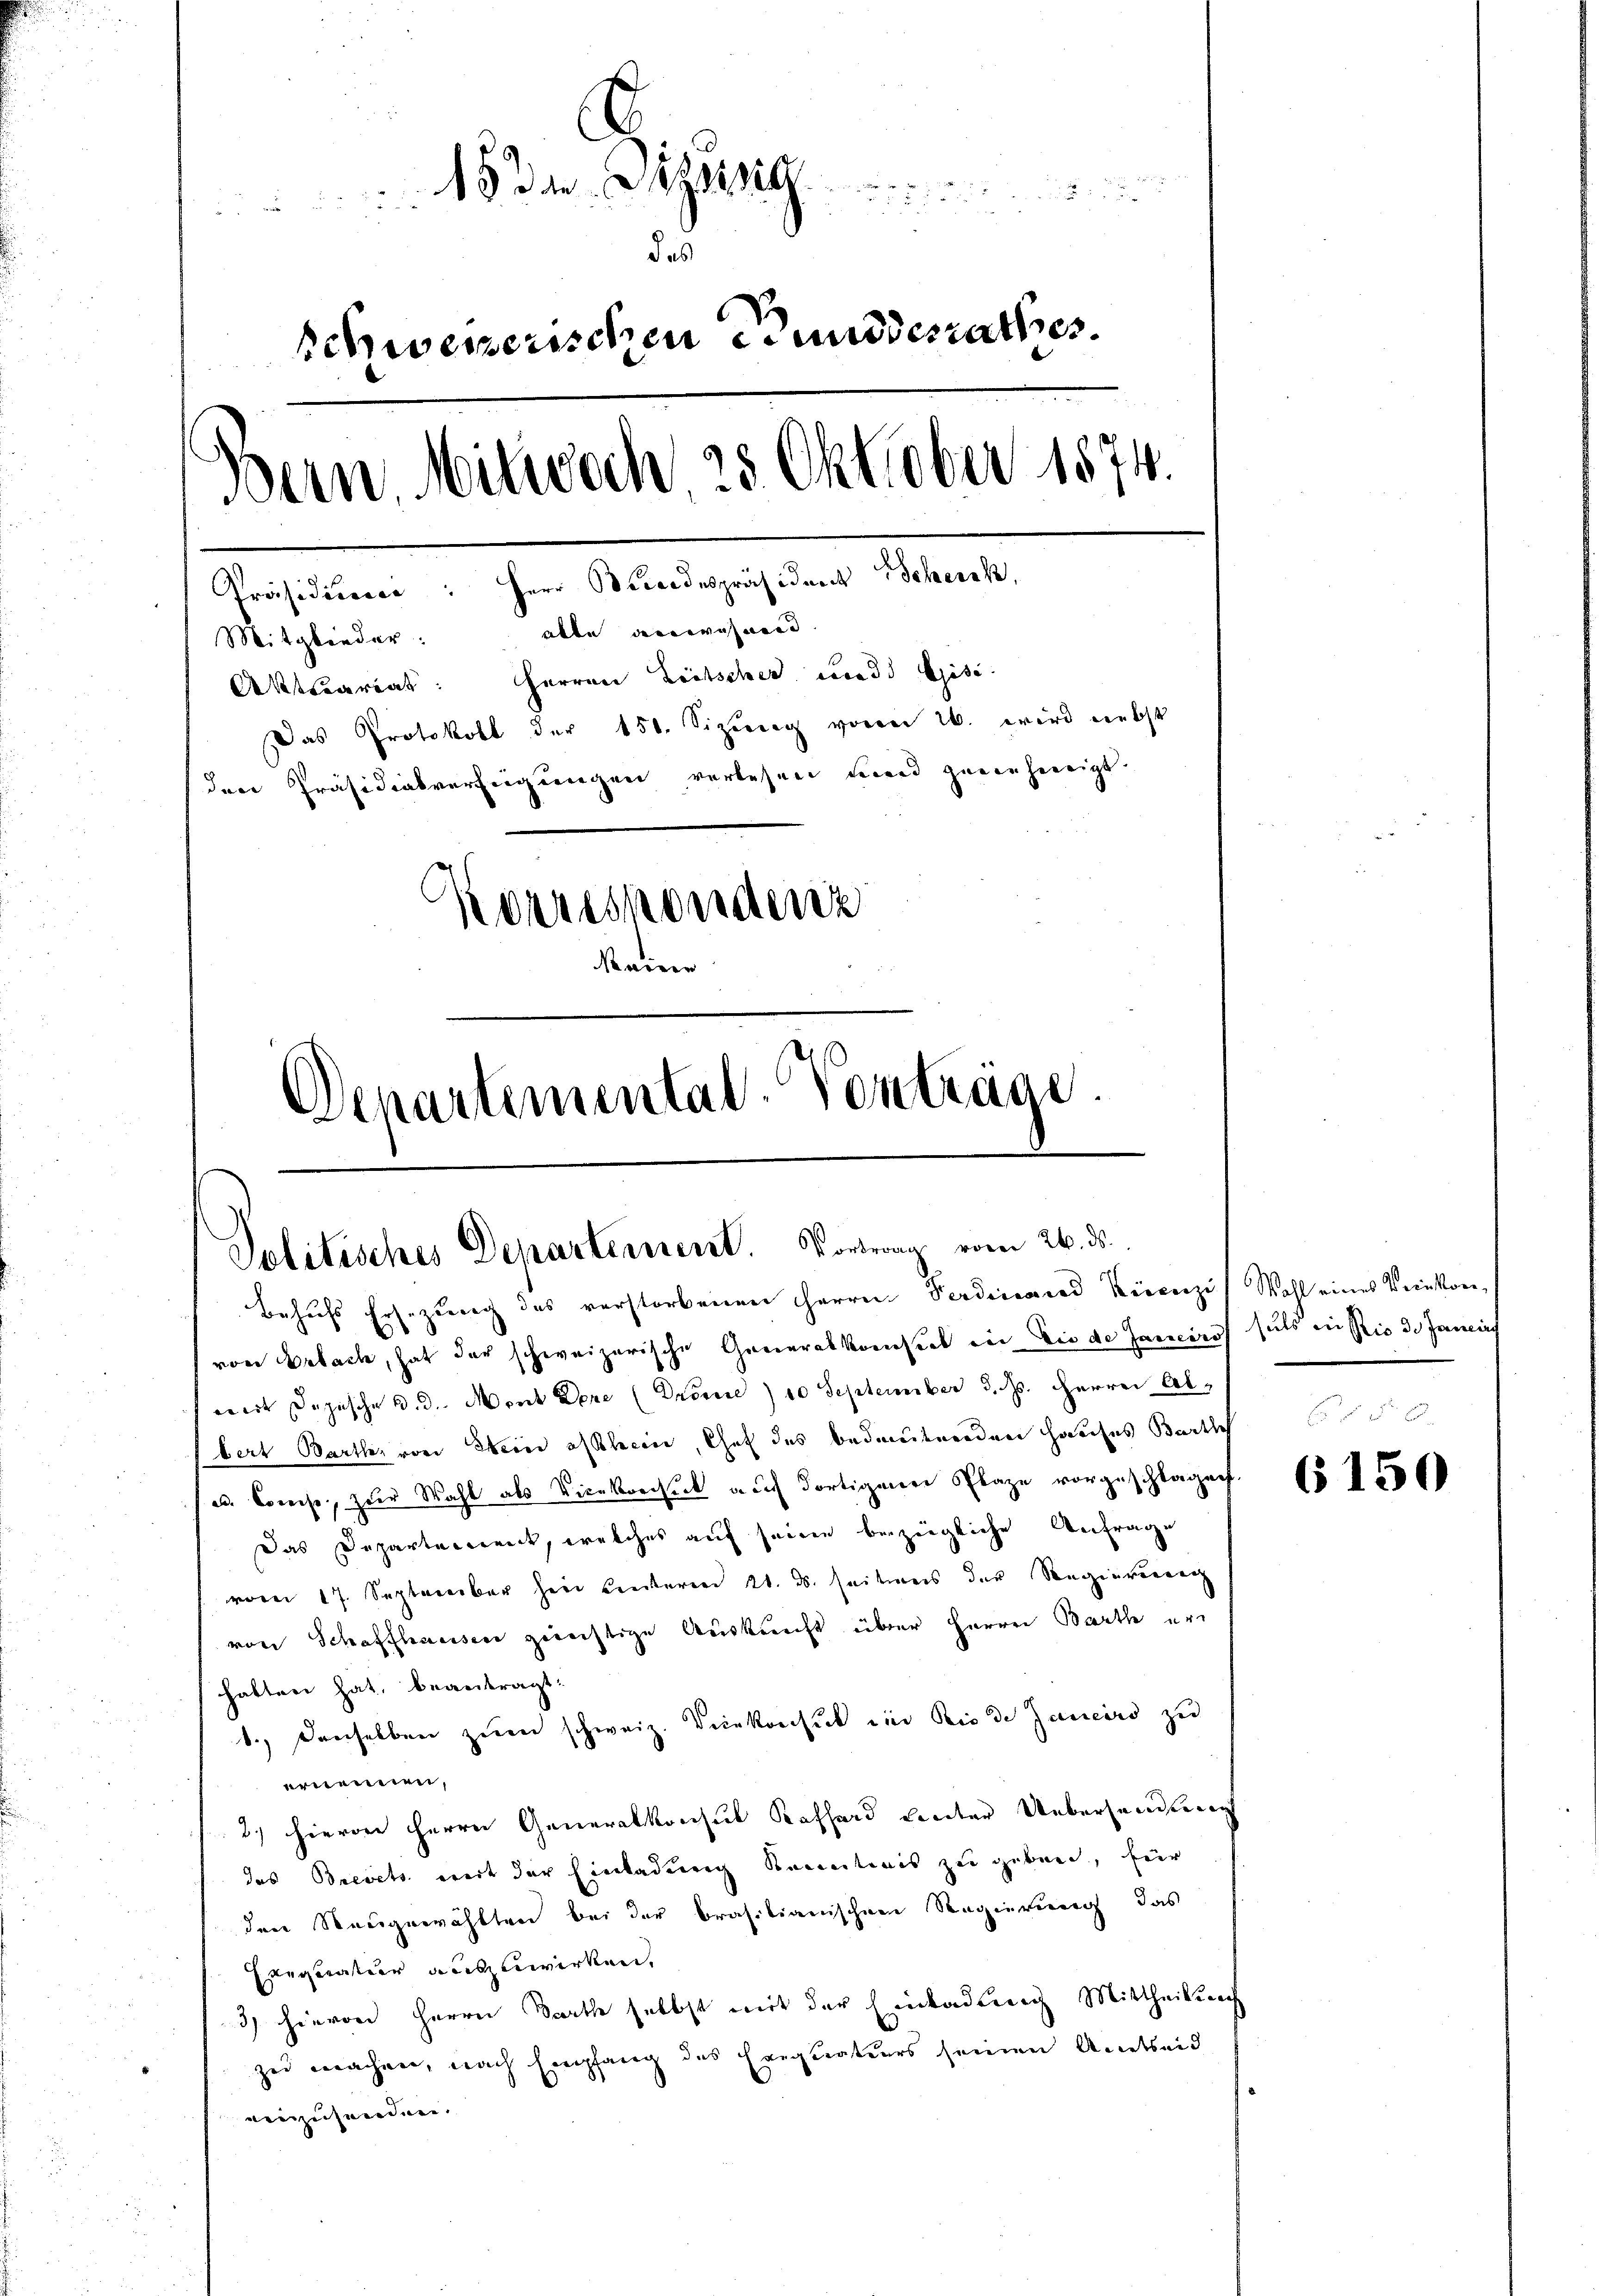
t Sr.
schweizerischen Bundesrathes.
Bern. Mitwoch, 28 Oktober 1874.
Präsidium: Herr Bundespräsident Scheick,
Mitglieder: alle angewohnend.
Aktuariat: Herren Zeitscher und Gisi-
Das Protokoll der 150. Sizung voren 26. wird nebst
den Präsidialverfügungen verlesen wird zuernherigt.
Korrespondenz
de
Departemental-Vorträge.

Politisches Departement. Vortrag vom 26. ds.
Behufs Ersezung des verstorbenen Herrn Ferdinarad Keisezi) Wahl eines Weinkom¬

von Erlach, hat der schweizerische Generalkonstal in die de Janeiro fals in Rio de Janis
wert Depesche d. d. Mont dere (Dronce) 10 September d. Js. Herrn Abbert Barth, von Sein ofthein, Chef des bedeutenden Hauses Barthe
es Comise, zur Wahl als Vicekreisick auf dortigenen Plaze vorgeschlagen.
Das Departement, welches auf seine bezügliche Anfrage
vom 17. September herr Centeren 21. ds. seitmeis der Regiererenz
von Schaffhauser gerechtige Auskunft über Herren Barth er
habten hat, beantragt.
1., denselben zum schweiz. Veinkonsuch ein Rio de Janeiro zu
ernennen.
2.) Hievon Herrn Generalkonsul Kofferd leiter Uebersandten
das Brevets weit der Einladung Kennertonis zu geben, für
den Neugewählten bei der brasilianischen Regierung, das
Exequentier auszuwirken,
3) hievon Herrn Parth selbst mit der Einladung Mittheilung
zu machen, nach Empfang des Exequateurs seinen Antheid
einzusenden.

6150